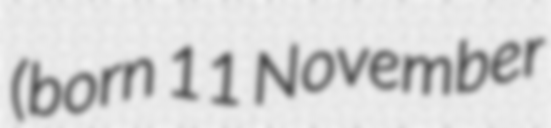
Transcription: (born 11 November